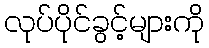
လုပ်ပိုင်ခွင့်များကို